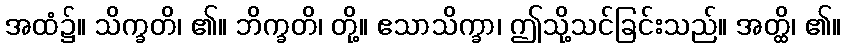
အထံ၌။ သိက္ခတိ၊ ၏။ ဘိက္ခတိ၊ တို့။ ဧသာသိက္ခာ၊ ဤသို့သင်ခြင်းသည်။ အတ္ထိ၊ ၏။